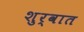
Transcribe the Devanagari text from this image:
शुर्वात